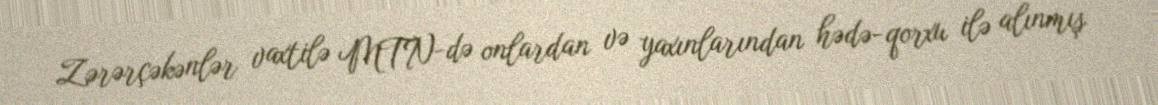
Zərərçəkənlər vaxtilə MTN-də onlardan və yaxınlarından hədə-qorxu ilə alınmış